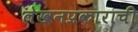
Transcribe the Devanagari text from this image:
लेखनप्रकाराची